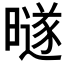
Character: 𰖱